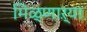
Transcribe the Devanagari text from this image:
मिळ्णाऱ्या